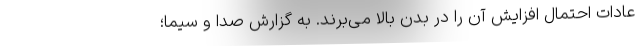
عادات احتمال افزایش آن را در بدن بالا می‌برند. به گزارش صدا و سیما؛